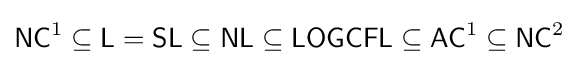
{\mathsf {NC}}^{1}\subseteq {\mathsf {L}}={\mathsf {SL}}\subseteq {\mathsf {NL}}\subseteq {\mathsf {LOGCFL}}\subseteq {\mathsf {AC}}^{1}\subseteq {\mathsf {NC}}^{2}